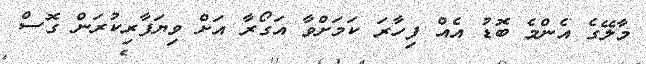
މާލޭގެ އެންމެ ބޮޑު އެއް ފިހާރަ ކަމަށްވާ އަގޯރާ އަށް ވިޔަފާރިކުރަން ގޮސް